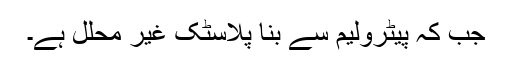
جب کہ پیٹرولیم سے بنا پلاسٹک غیر محلل ہے۔